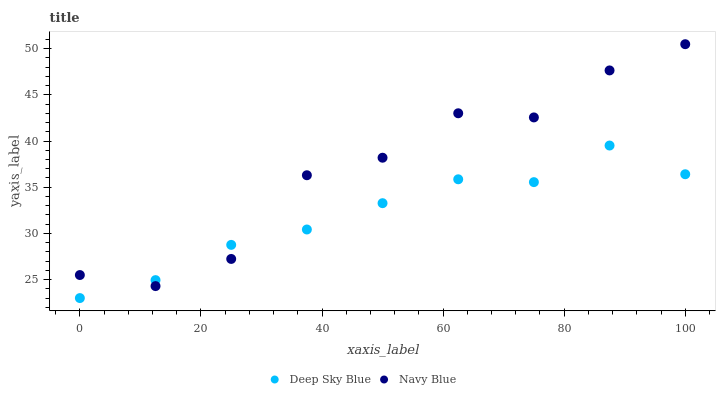
| xaxis_label | Deep Sky Blue | Navy Blue |
 | --- | --- | --- |
 | 0 | 23 | 25.5 |
 | 12.5 | 24.9 | 24.3 |
 | 25 | 28.8 | 27.2 |
 | 37.5 | 30.4 | 36.3 |
 | 50 | 33.3 | 38.2 |
 | 62.5 | 35.9 | 43 |
 | 75 | 35.5 | 42.6 |
 | 87.5 | 39.5 | 47.6 |
 | 100 | 36.4 | 50.5 |